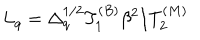
LaTeX: L _ { q } = \Delta _ { q } ^ { 1 / 2 } T _ { 1 } ^ { ( B ) } \beta ^ { 2 } / T _ { 2 } ^ { ( M ) }